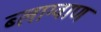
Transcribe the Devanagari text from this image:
ब्लाग्वाण